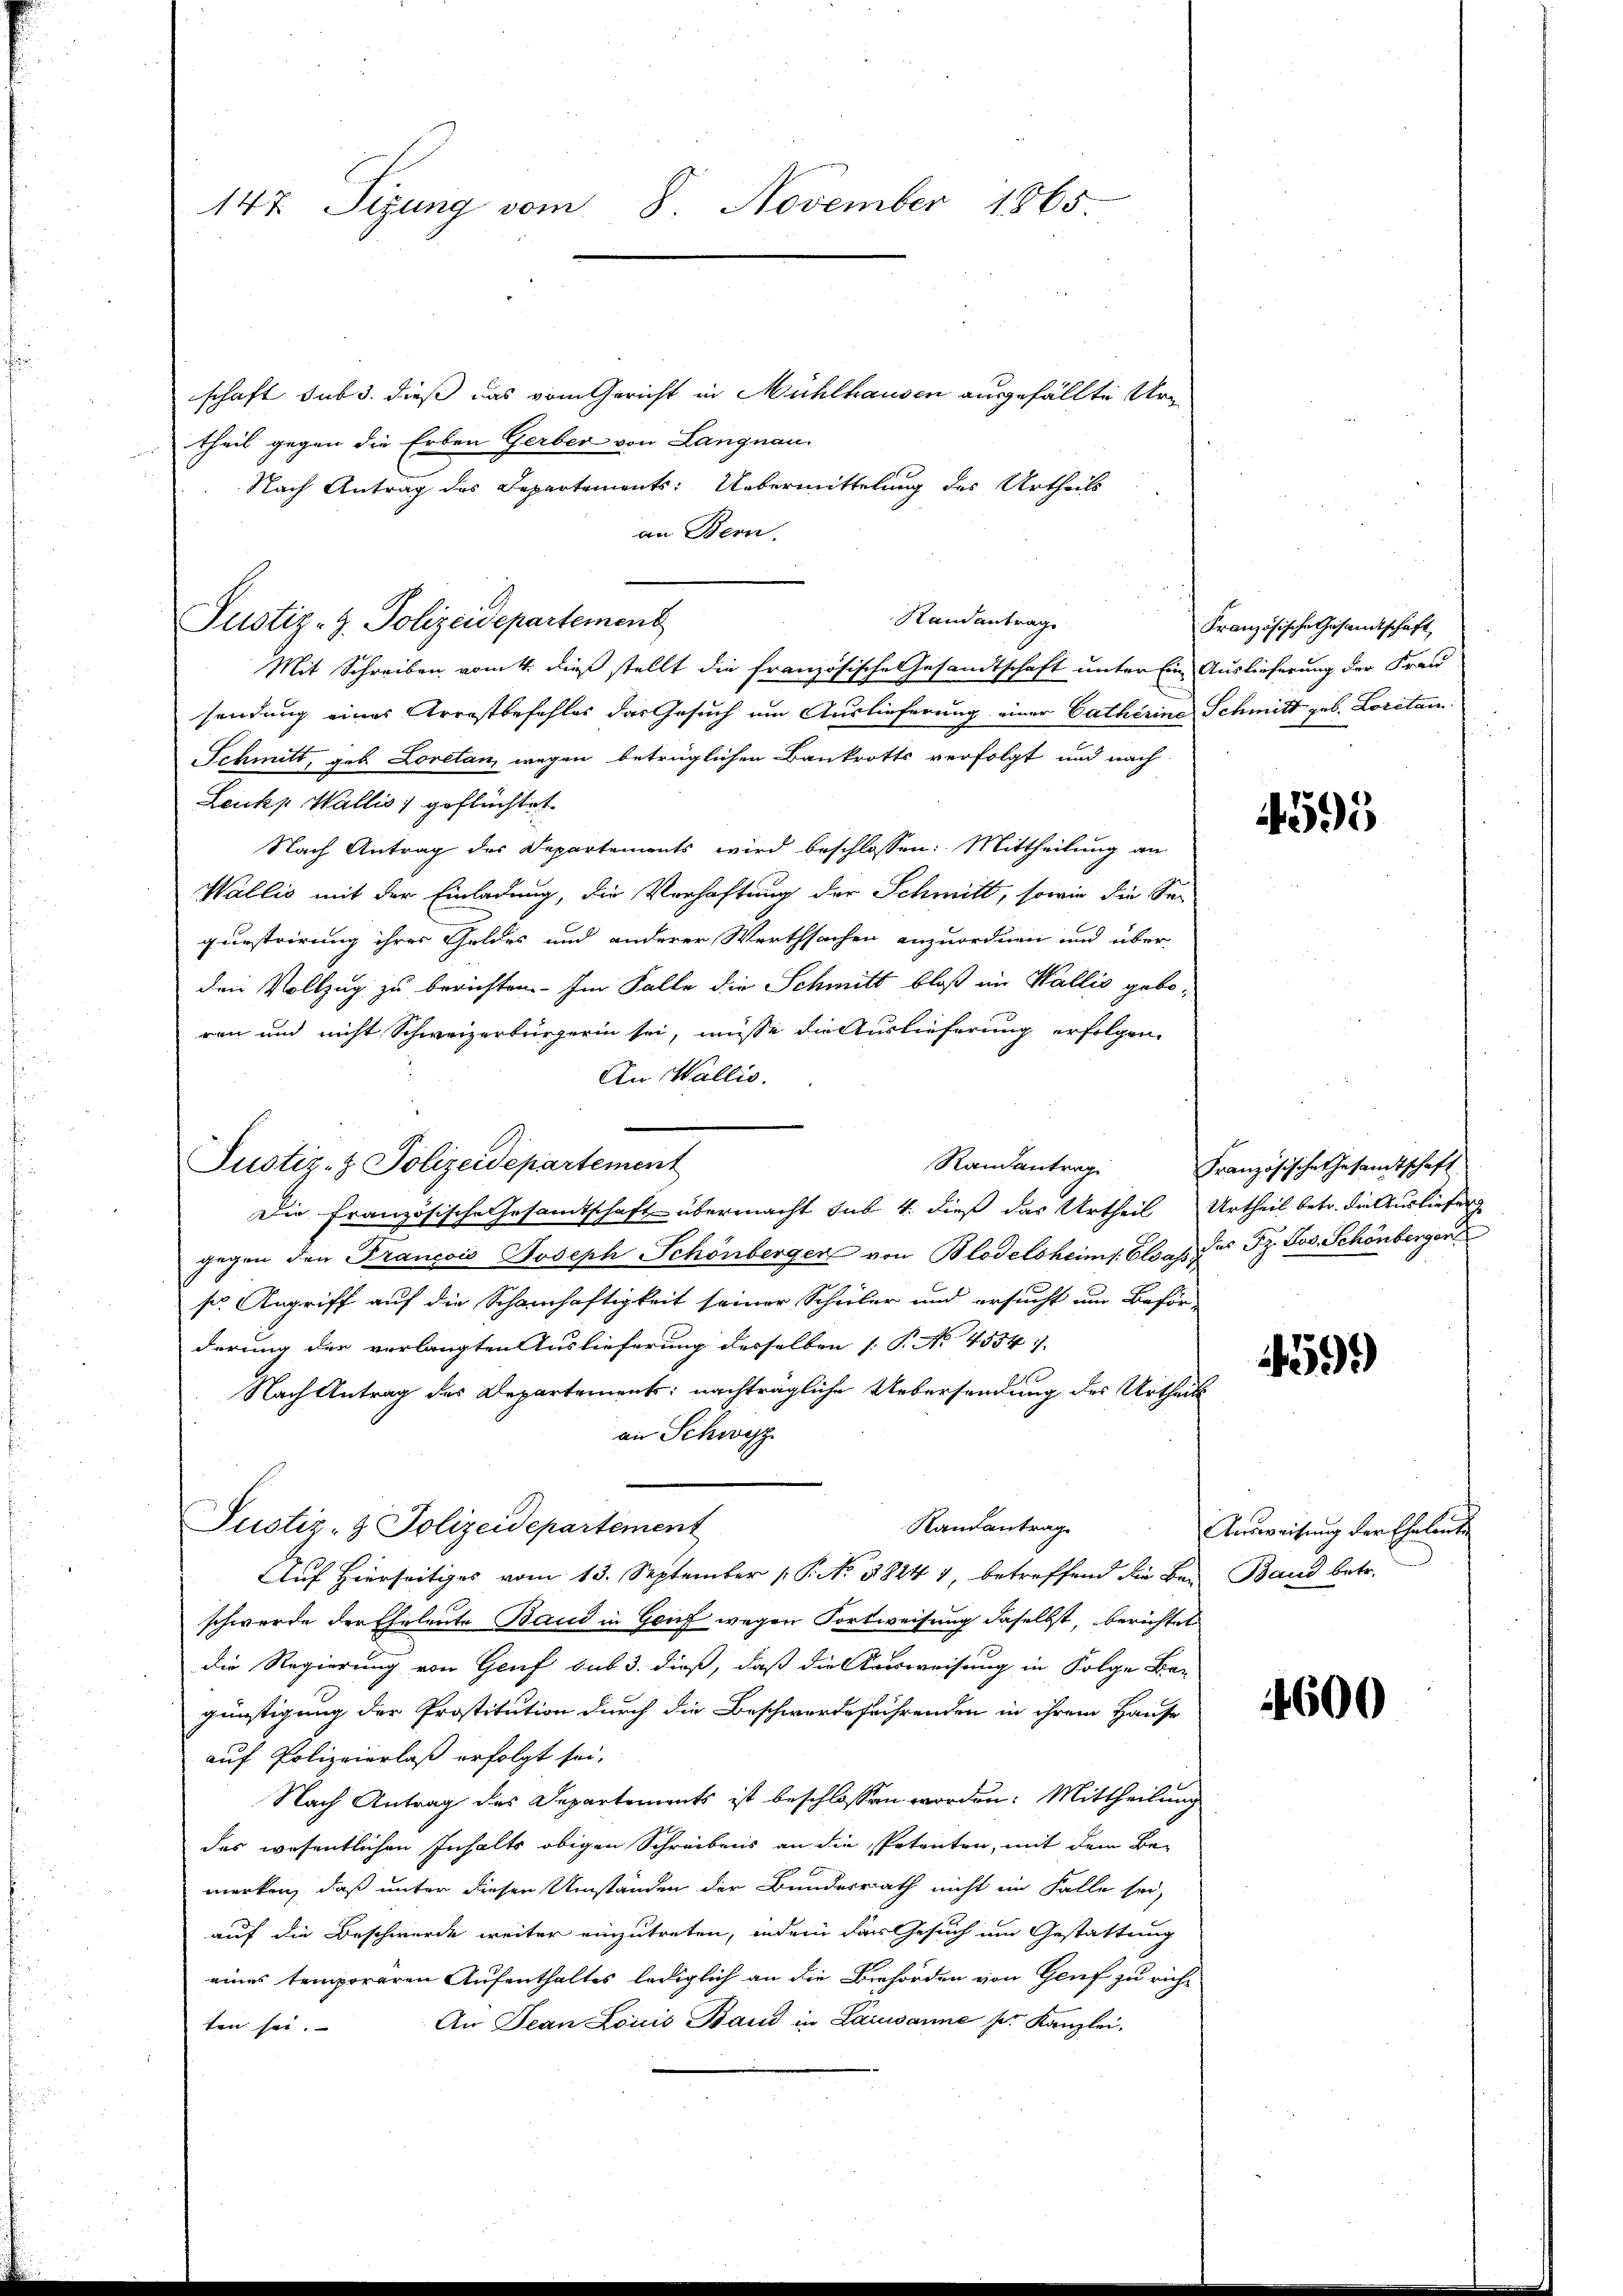
147. Sizung vom 8. November 1865.

schaft sub 3. dieß das vom Gericht in Mühlhausen ausgefällte Urtheil gegen die Erben Gerber von Langnau.
Nach Antrag des Departements: Uebermittelung des Urtheils
an Bern.
Randantrag
Mit Schreiben vom 4. dieß stellt die französische Gesandtschaft unter Ein Auslieferung der Frau
sendung eines Arrestbefehles das Gesuch um Auslieferung einer Catherine Schmitt geb. Loretai
Schmitt, geb. Loretan, wegen betrüglichen Baukrotts verfolgt und nach
Leukp Wallis) geflüchtet.
Nach Antrag des Departements wird beschlossen: Mittheilung an
Wallis mit der Einladung, die Verhaftung der Schmitt, sowie die Sequestrirung ihrer Geldes und anderer Werthsachen anzuordnen und über
den Vollzug zu berichten. Im Falle die Schmitt bloß im Wallis geboren und nicht Schweizerbürgerin sei, müsse die Auslieferung erfolgen.
An Wallis.
Randantrag
Die Französische Gesandtschaft übermacht sub 4. dieß das Urtheil Urtheil betr. die Ausliefer
gegen den Francois Joseph Schönberger von Blodelsheims. Elsass das Sz. Nov. Schönbergen
ser Angriff auf die Schamhaftigkeit seiner Schüler und ersucht um Beför-
derung der verlangten Auslieferung desselben [P No 4554. |
Nach Antrag des Departements: nachträgliche Uebersendung des Urtheils
an Schwyz
Randantrag
Justiz- & Polizeidepartement
Auf hierseitiges vom 13. September P. No. 58247, betreffend die Bei Band betr.
schwerde der Eheleute Band in Genf wegen Fortweisung daselbst, berichtet
die Regierung von Genf sub 3. dieß, daß die Ausweisung in Folge Ban
günstigung der Prostitution durch die Beschwerdeführenden in ihrem Hause
auf Polizeierlaß erfolgt sei.
Nach Antrag des Departements ist beschlossen worden: Mittheilung
des wesentlichen Inhalts obigen Schreibens an die Petenten, mit dem Be-
merken, daß unter diesen Umständen der Bundesrath nicht im Falle sei,
auf die Beschwerde weiter einzutreten, indem das Gesuch um Gestattung
eines temporären Aufenthaltes lediglich an die Behörden von Genf zu rich¬
An Jean Louis Band in Lausanne ser Kanzlei.
ten sei.

Justiz- & Polizeidepartement

Justiz- & Polizeidepartement

Französische Gesandtschaft

4595

Französische Gesamtschaft

4599)

Ausweisung der Eheleute

4600